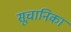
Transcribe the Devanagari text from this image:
सूचानिका